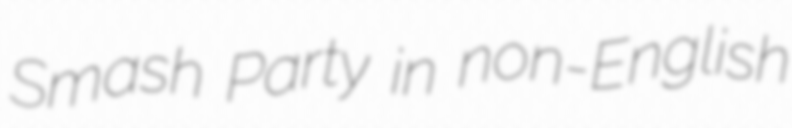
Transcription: Smash Party in non-English